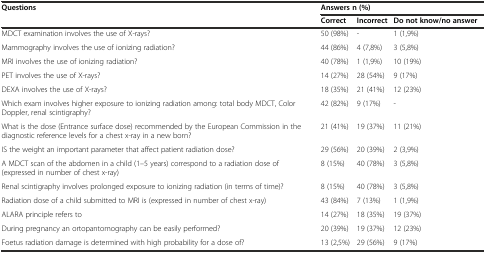
<table><thead><tr><td rowspan="2"><b>Questions</b></td><td colspan="3"><b>Answers n (%)</b></td></tr><tr><td><b>Correct</b></td><td><b>Incorrect</b></td><td><b>Do not know/no answer</b></td></tr></thead><tbody><tr><td>MDCT examination involves the use of X-rays?</td><td>50 (98%)</td><td>-</td><td>1 (1,9%)</td></tr><tr><td>Mammography involves the use of ionizing radiation?</td><td>44 (86%)</td><td>4 (7,8%)</td><td>3 (5,8%)</td></tr><tr><td>MRI involves the use of ionizing radiation?</td><td>40 (78%)</td><td>1 (1,9%)</td><td>10 (19%)</td></tr><tr><td>PET involves the use of X-rays?</td><td>14 (27%)</td><td>28 (54%)</td><td>9 (17%)</td></tr><tr><td>DEXA involves the use of X-rays?</td><td>18 (35%)</td><td>21 (41%)</td><td>12 (23%)</td></tr><tr><td>Which exam involves higher exposure to ionizing radiation among: total body MDCT, Color Doppler, renal scintigraphy?</td><td>42 (82%)</td><td>9 (17%)</td><td>-</td></tr><tr><td>What is the dose (Entrance surface dose) recommended by the European Commission in the diagnostic reference levels for a chest x-ray in a new born?</td><td>21 (41%)</td><td>19 (37%)</td><td>11 (21%)</td></tr><tr><td>IS the weight an important parameter that affect patient radiation dose?</td><td>29 (56%)</td><td>20 (39%)</td><td>2 (3,9%)</td></tr><tr><td>A MDCT scan of the abdomen in a child (1–5 years) correspond to a radiation dose of (expressed in number of chest x-ray)</td><td>8 (15%)</td><td>40 (78%)</td><td>3 (5,8%)</td></tr><tr><td>Renal scintigraphy involves prolonged exposure to ionizing radiation (in terms of time)?</td><td>8 (15%)</td><td>40 (78%)</td><td>3 (5,8%)</td></tr><tr><td>Radiation dose of a child submitted to MRI is (expressed in number of chest x-ray)</td><td>43 (84%)</td><td>7 (13%)</td><td>1 (1,9%)</td></tr><tr><td>ALARA principle refers to</td><td>14 (27%)</td><td>18 (35%)</td><td>19 (37%)</td></tr><tr><td>During pregnancy an ortopantomography can be easily performed?</td><td>20 (39%)</td><td>19 (37%)</td><td>12 (23%)</td></tr><tr><td>Foetus radiation damage is determined with high probability for a dose of?</td><td>13 (2,5%)</td><td>29 (56%)</td><td>9 (17%)</td></tr></tbody></table>